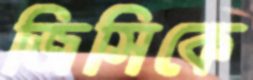
জিসিকে